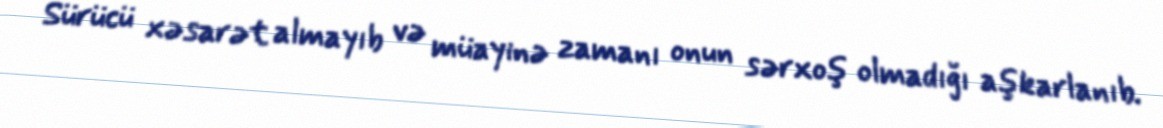
Sürücü xəsarət almayıb və müayinə zamanı onun sərxoş olmadığı aşkarlanıb.